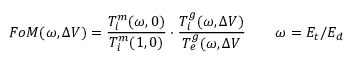
F o M ( \omega , \Delta V ) = \frac { T _ { i } ^ { m } ( \omega , 0 ) } { T _ { i } ^ { m } ( 1 , 0 ) } \cdot \frac { T _ { i } ^ { g } ( \omega , \Delta V ) } { T _ { e } ^ { g } ( \omega , \Delta V } \qquad \omega = E _ { t } / E _ { d }